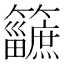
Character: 𥷿